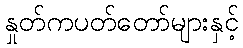
နှုတ်ကပတ်တော်များနှင့်